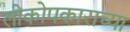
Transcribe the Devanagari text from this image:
लोकोपकाराच्या